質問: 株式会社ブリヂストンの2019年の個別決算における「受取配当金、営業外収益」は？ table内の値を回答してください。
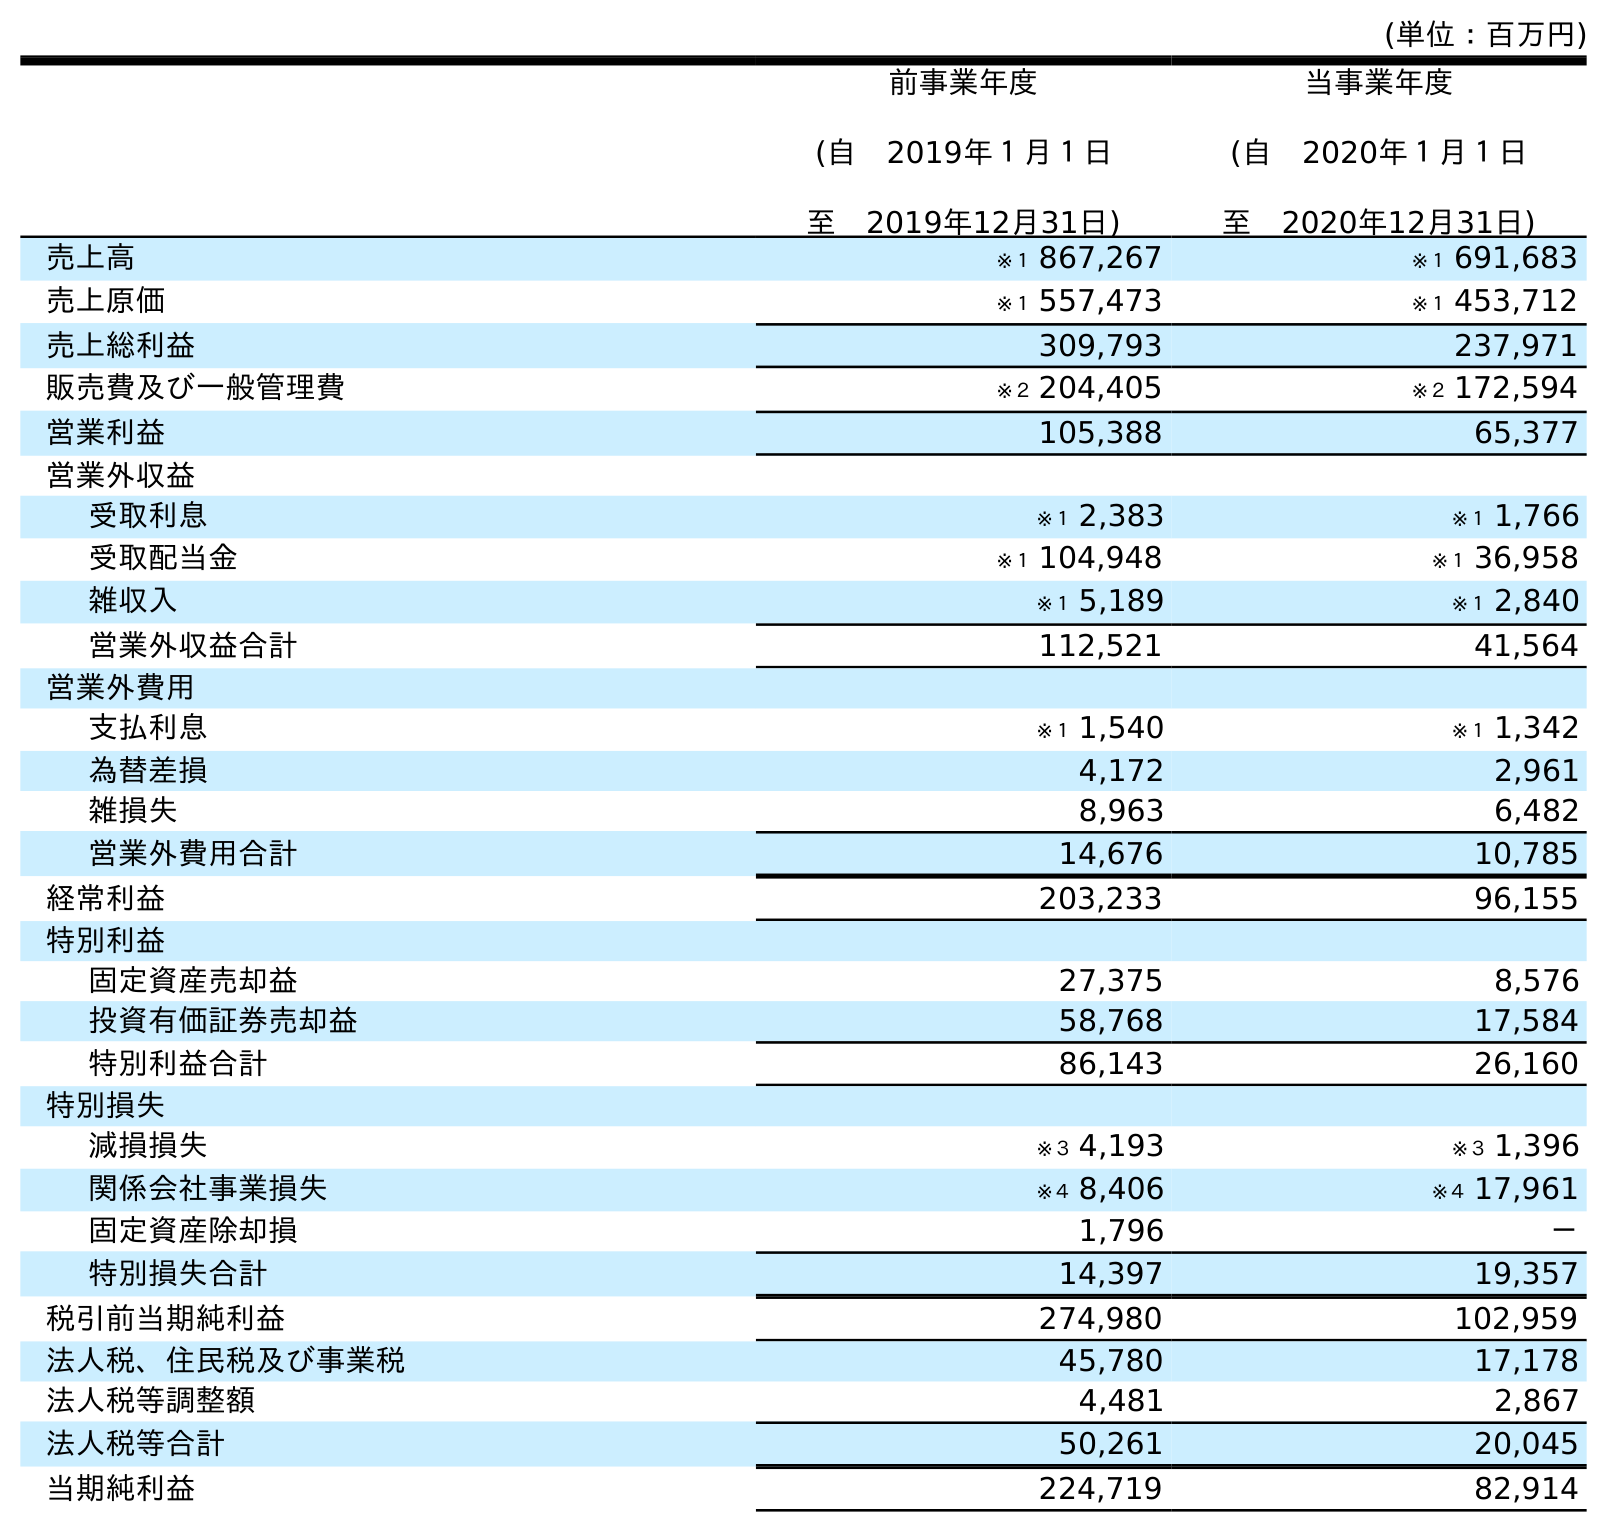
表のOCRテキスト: (単位：百万円) 前事業年度 (自 2019年１月１日 至 2019年12月31日) 当事業年度 (自 2020年１月１日 至 2020年12月31日) 売上高 ※１ 867,267 ※１ 691,683 売上原価 ※１ 557,473 ※１ 453,712 売上総利益 309,793 237,971 販売費及び一般管理費 ※２ 204,405 ※２ 172,594 営業利益 105,388 65,377 営業外収益 受取利息 ※１ 2,383 ※１ 1,766 受取配当金 ※１ 104,948 ※１ 36,958 雑収入 ※１ 5,189 ※１ 2,840 営業外収益合計 112,521 41,564 営業外費用 支払利息 ※１ 1,540 ※１ 1,342 為替差損 4,172 2,961 雑損失 8,963 6,482 営業外費用合計 14,676 10,785 経常利益 203,233 96,155 特別利益 固定資産売却益 27,375 8,576 投資有価証券売却益 58,768 17,584 特別利益合計 86,143 26,160 特別損失 減損損失 ※３ 4,193 ※３ 1,396 関係会社事業損失 ※４ 8,406 ※４ 17,961 固定資産除却損 1,796 － 特別損失合計 14,397 19,357 税引前当期純利益 274,980 102,959 法人税、住民税及び事業税 45,780 17,178 法人税等調整額 4,481 2,867 法人税等合計 50,261 20,045 当期純利益 224,719 82,914
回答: ※１104,948